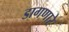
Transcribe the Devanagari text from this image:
डागणारे